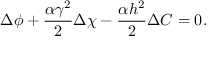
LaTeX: \Delta \phi + \frac { \alpha \gamma ^ { 2 } } { 2 } \Delta \chi - \frac { \alpha h ^ { 2 } } { 2 } \Delta C = 0 .